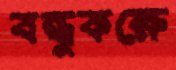
বন্ধুকক্ষে